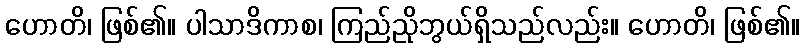
ဟောတိ၊ ဖြစ်၏။ ပါသာဒိကာစ၊ ကြည်ညိုဘွယ်ရှိသည်လည်း။ ဟောတိ၊ ဖြစ်၏။